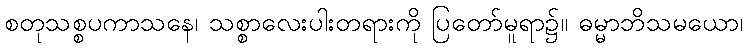
စတုသစ္စပကာသနေ၊ သစ္စာလေးပါးတရားကို ပြတော်မူရာ၌။ ဓမ္မာဘိသမယော၊